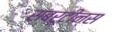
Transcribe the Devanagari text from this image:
सबरूटीन्स